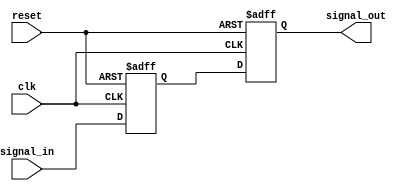
module RC_delay_circuit (
  input wire clk,
  input wire reset,
  input wire signal_in,
  output reg signal_out
);

  reg delay_reg;
  
  always @(posedge clk or posedge reset) begin
    if (reset) begin
      delay_reg <= 1'b0;
      signal_out <= 1'b0;
    end else begin
      delay_reg <= signal_in;
      #10 // 10 time units delay introduced by RC circuit
      signal_out <= delay_reg;
    end
  end
  
endmodule